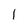
Character: 1